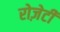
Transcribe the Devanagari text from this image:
रोज़ेटी